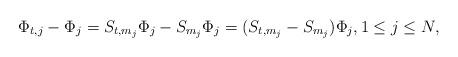
LaTeX: \begin{align*}\Phi_{t, j}-\Phi_j=S_{t, m_j}\Phi_j-S_{m_j}\Phi_j=(S_{t, m_j}-S_{m_j})\Phi_j, 1\leq j\leq N,\end{align*}